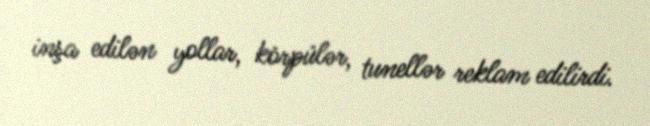
inşa edilən yollar, körpülər, tunellər reklam edilirdi.